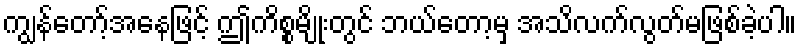
ကျွန်တော့်အနေဖြင့် ဤကိစ္စမျိုးတွင် ဘယ်တော့မှ အသိလက်လွတ်မဖြစ်ခဲ့ပါ။